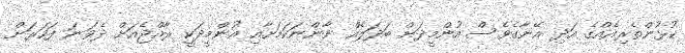
ކުޅުންތެރިއެއްގެ އަދި އޭނާގެވެސް އުންމީދަށް ބަދަލެއް ނާންނަކަމަށާއި އުންމީދަކީ ރާއްޖެއަށް ދެވަނަ ފަހަރަށް